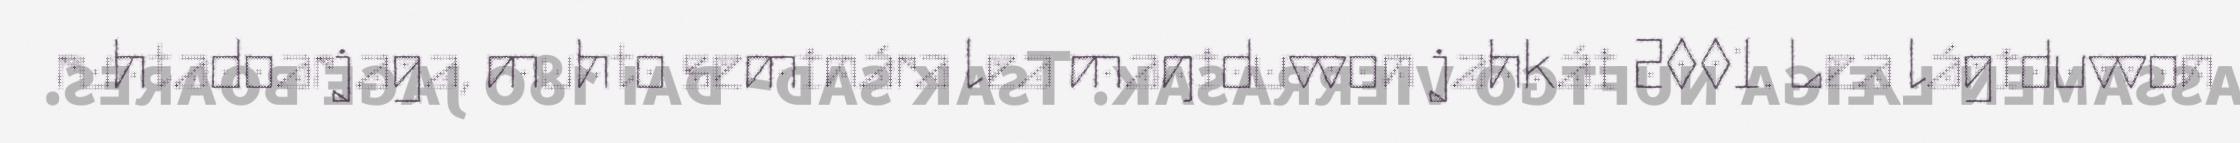
ruhtadoarjaga, muhto seminára lea maŋiduvvon jahkái 2001. Lea lágiduvvon